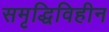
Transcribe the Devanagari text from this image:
समृद्धिविहीन